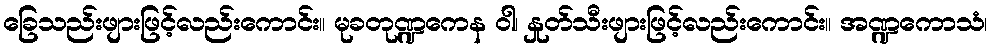
ခြေသည်းဖျားဖြင့်လည်းကောင်း။ မုခတုဏ္ဍကေန ဝါ၊ နှုတ်သီးဖျားဖြင့်လည်းကောင်း။ အဏ္ဍကောသံ၊